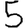
Digit: 5